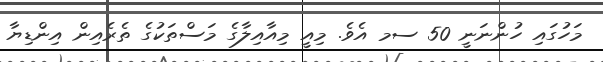
މަހުގައި ހުންނަނީ 50 ސމ އެވެ. މިއީ މިއާއިލާގެ މަސްތަކުގެ ތެރެއިން އިންޑިޔާ